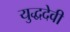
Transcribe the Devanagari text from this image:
युद्धदेवी